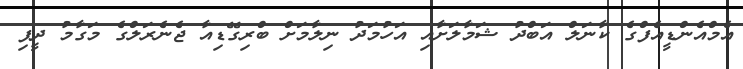
އެމްއެންޑީއެފްގެ ކާނަލް އަބްދު ޝަމާލަށާއި އަހުމަދު ނިލާމަށް ބްރިގޭޑިއާ ޖެނެރަލްގެ މަގާމު ދީފި